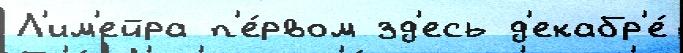
Л'им'ейра п'е́рвом зд'есь д'екабр'е́